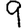
Digit: 9